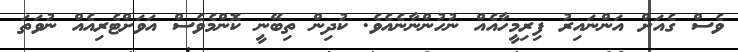
ވެސް ގެއަށް އަންނައިރު ފިރިމީހާއެއް ނުހުންނާނެއެވެ. ކުދިން ތިބޭނީ ކޮންމެވެސް އަވަށްޓެރިއެއް ނުވަތަ